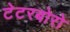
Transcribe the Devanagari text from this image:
टेटरबोरो